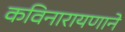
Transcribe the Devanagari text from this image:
कविनारायणाने